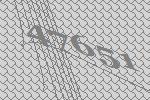
47651